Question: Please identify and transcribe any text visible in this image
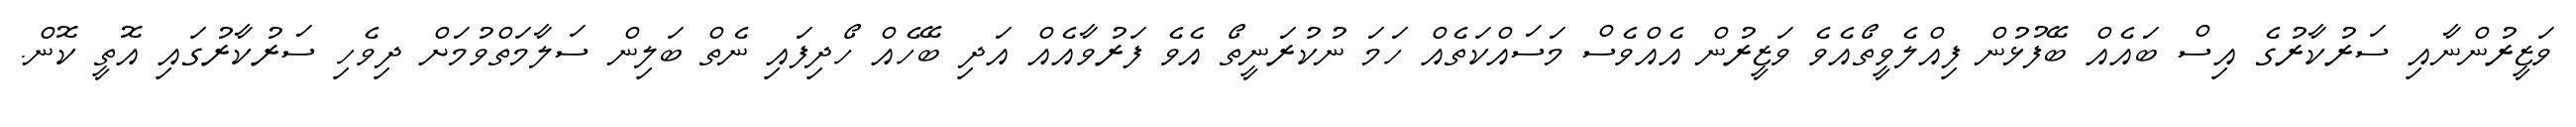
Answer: ވަޒީރުންނާއި ސަރުކާރުގެ އިސް ބައެއް ބޭފުޅުން ފިއްލެވީތޯއެވެ ވަޒީރުން އެއްވެސް މަސައްކަތެއް ހަމަ ނުކުރަނީތޯ އެވެ ފަރުވާއެއް އަދި ބޭހެއް ހޯދިފައި ނެތް ބަލިން ސަލާމަތްވުމަށް ދިވެހި ސަރުކާރުގައި އޮތީ ކޮން.